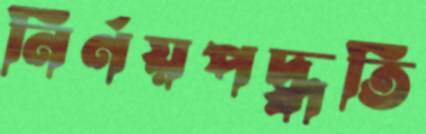
নির্ণয়পদ্ধতি